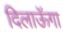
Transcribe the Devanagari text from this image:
दिलाऊॅगा